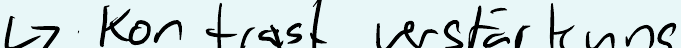
-> Kontrast verstärkung